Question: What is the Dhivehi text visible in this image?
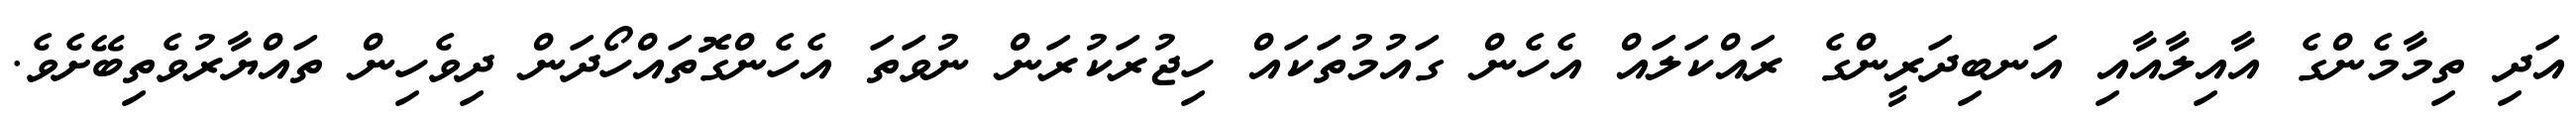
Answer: އަދި ތިމާމެންގެ އާއިލާއާއި އަނބިދަރީންގެ ރައްކަލައް އެހެން ގައުމުތަކައް ހިޖުރަކުރަން ނުވަތަ އެހެންގޮތައްހޯދަން ދިވެހިން ތައްޔާރުވެތިބޭށެވެ.